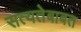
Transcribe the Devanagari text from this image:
सत्यतेबाबत